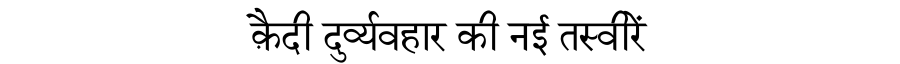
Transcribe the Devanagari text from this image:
क़ैदी दुर्व्यवहार की नई तस्वीरें